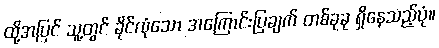
ထို့အပြင် သူ့တွင် ခိုင်လုံသော အကြောင်းပြချက် တစ်ခုခု ရှိနေသည့်ပုံ။